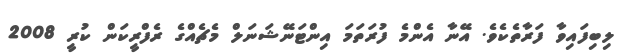
ލިބިފައިވާ ފަރާތެކެވެ. އޭނާ އެންމެ ފުރަތަމަ އިންޓަނޭޝަނަލް މެޗެއްގެ ރެފްރީކަން ކުރީ 2008